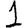
Digit: 1